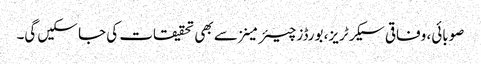
صوبائی، وفاقی سیکرٹریز، بورڈز چیئرمینز سے بھی تحقیقات کی جا سکیں گی۔